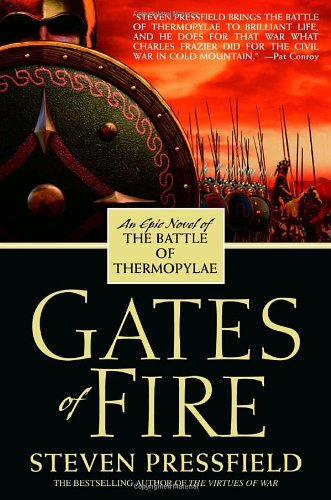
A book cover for Gates of Fire: An Epic Novel of the Battle of Thermopylae; Steven Pressfield; Literature & Fiction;